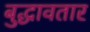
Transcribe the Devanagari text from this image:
बुद्धावतार